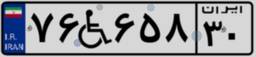
۷۶W۶۵۸۳۰